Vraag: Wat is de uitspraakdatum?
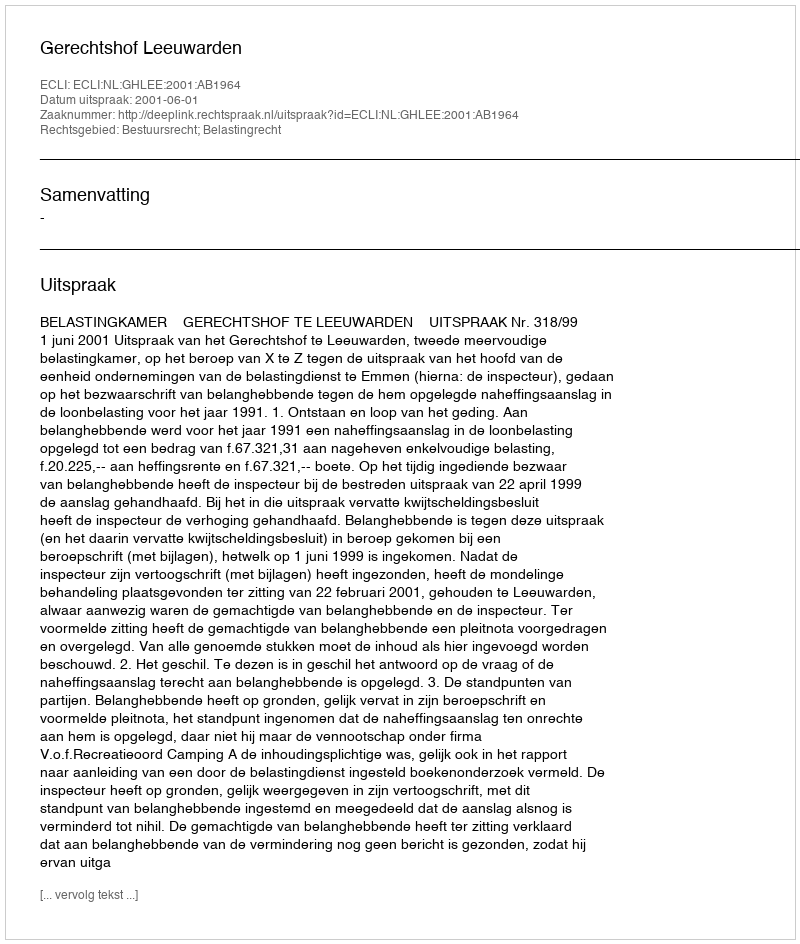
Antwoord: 2001-06-01